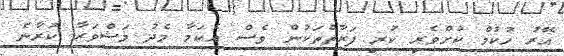
އޭރު ހުކުމް ކުށްވެރި ކުރި ފަރާތްތަކުން ވެސް އެކަމާ މެދު މަޝްވަރާ ކުރާނެ